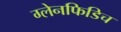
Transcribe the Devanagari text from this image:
ग्लेनफिडिच